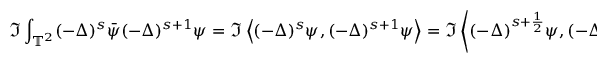
\Im \int _ { \mathbb { T } ^ { 2 } } ( - \Delta ) ^ { s } \Bar { \psi } ( - \Delta ) ^ { s + 1 } \psi = \Im \left\langle ( - \Delta ) ^ { s } \psi , ( - \Delta ) ^ { s + 1 } \psi \right\rangle = \Im \left\langle ( - \Delta ) ^ { s + \frac { 1 } { 2 } } \psi , ( - \Delta ) ^ { s + \frac { 1 } { 2 } } \psi \right\rangle = 0 .